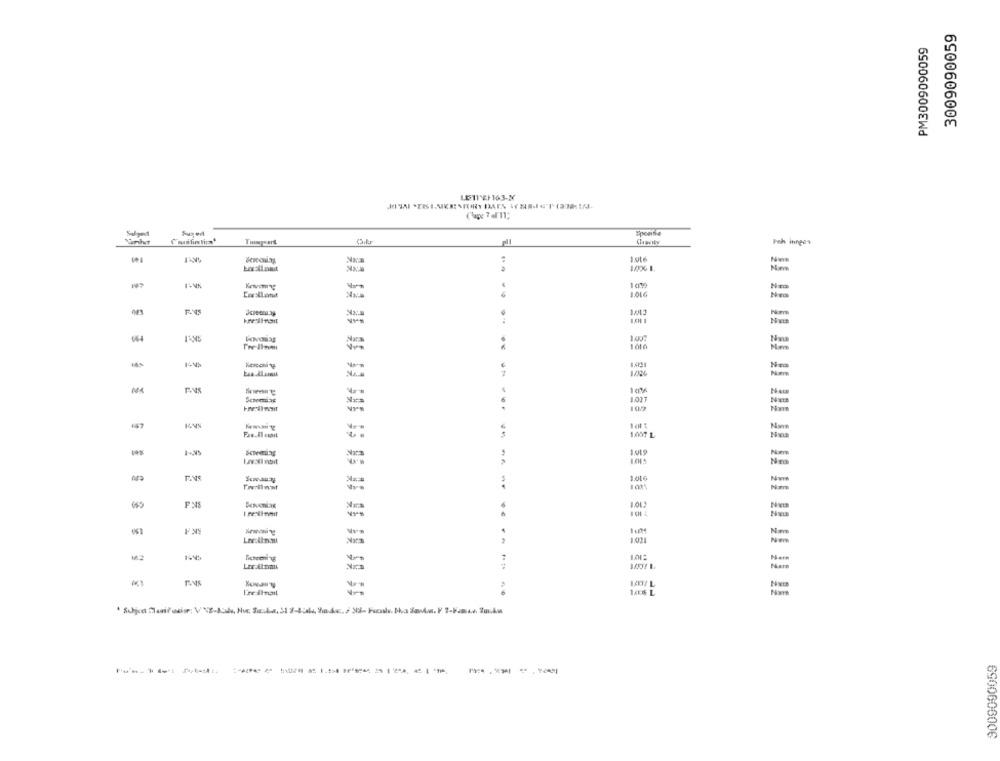
3009090059
PM3009090059
LE11 EF163-X
Fused
Peh intges
1016
Nea
1.011
Nace
102
1,00TL
Nm
1.010
1001
-
Nm
1.031
1.012
Name
6900606006